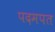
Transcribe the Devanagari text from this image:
पदमपत